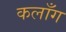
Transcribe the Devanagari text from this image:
कलाँग